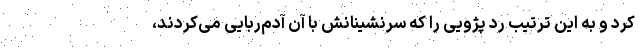
کرد و به این ترتیب رد پژویی را که سرنشینانش با آن آدم‌ربایی می‌کردند،